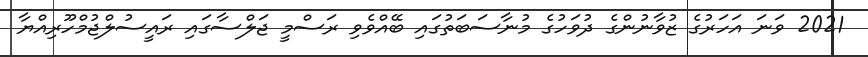
2021 ވަނަ އަހަރުގެ ޒުވާނުންގެ ދުވަހުގެ މުނާސަބަތުގައި ބޭއްވެވި ރަސްމީ ޖަލްސާގައި ރައީސުލްޖުމްހޫރިއްޔާ